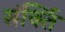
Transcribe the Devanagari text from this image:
संर्क्ति